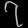
Digit: ၇